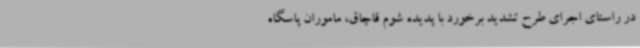
در راستای اجرای طرح تشدید برخورد با پدیده شوم قاچاق، ماموران پاسگاه